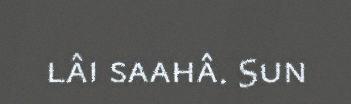
lâi saahâ. Sun